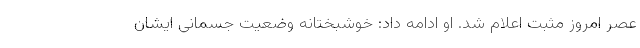
عصر امروز مثبت اعلام شد. او ادامه داد: خوشبختانه وضعیت جسمانی ایشان